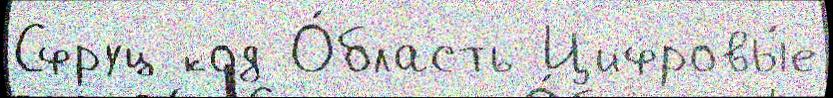
Сфруц код О́бласть Цифровы́е